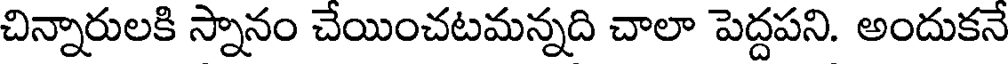
చిన్నారులకి స్నానం చేయించటమన్నది చాలా పెద్దపని. అందుకనే